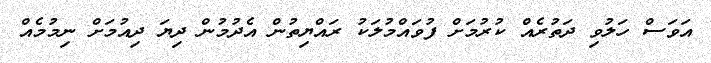
އަވަސް ހަލުވި ދަތުރެއް ކުރުމަށް ފުވައްމުލަކު ރައްޔިތުން އެދުމުން ދިޔަ ދިއުމަށް ނިމުމެއް